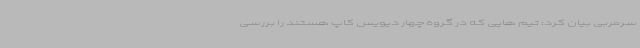
سرمربی بیان کرد: تیم هایی که در گروه چهار دیویس کاپ هستند را بررسی